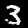
Label: 3